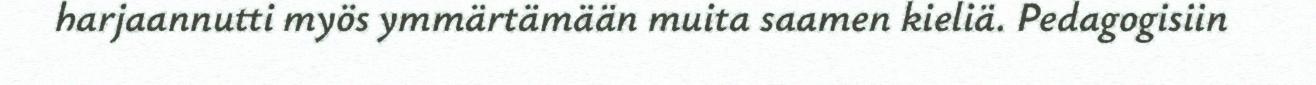
harjaannutti myös ymmärtämään muita saamen kieliä. Pedagogisiin